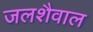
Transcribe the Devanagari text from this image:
जलशैवाल